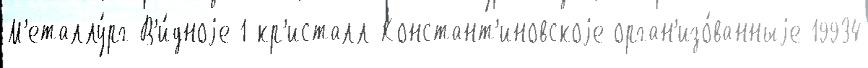
М'еталлу́рг-В'и́дноjе 1-кр'исталл-Констант'иновскоjе орган'изо́ванныjе 19934